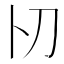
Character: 𠚬